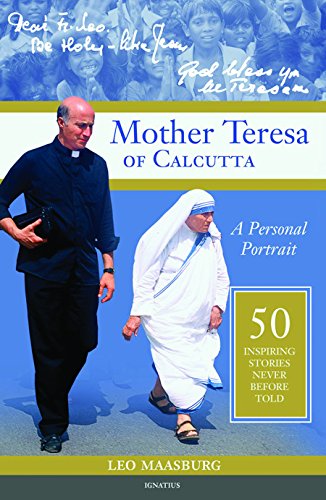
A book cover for Mother Teresa of Calcutta: A Personal Portrait - 50 Inspiring Stories Never Before Told; Fr. Leo Maasburg; Biographies & Memoirs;